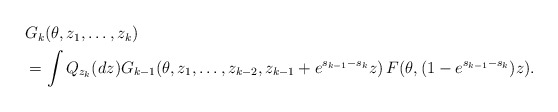
\begin{align*}\begin{aligned}&G_k(\theta,z_1,\ldots,z_k)\\&=\int Q_{z_k}(dz)G_{k-1}(\theta,z_1,\ldots,z_{k-2},z_{k-1}+e^{s_{k-1}-s_{k}}z)\,F(\theta,(1-e^{s_{k-1}-s_k})z).\end{aligned}\end{align*}